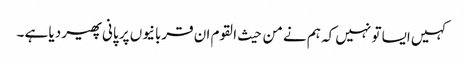
کہیں ایسا تو نہیں کہ ہم نے من حیث القوم ان قربانیوں پر پانی پھیر دیا ہے ۔